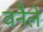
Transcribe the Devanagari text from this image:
वनैले